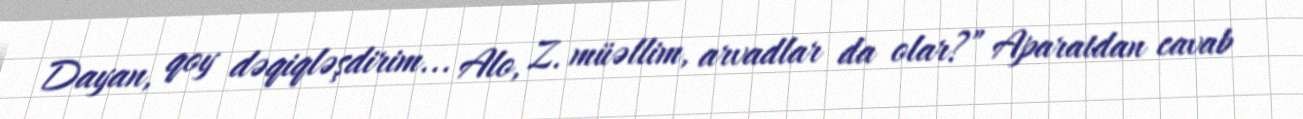
Dayan, qoy dəqiqləşdirim... Alo, Z. müəllim, arvadlar da olar?” Aparatdan cavab